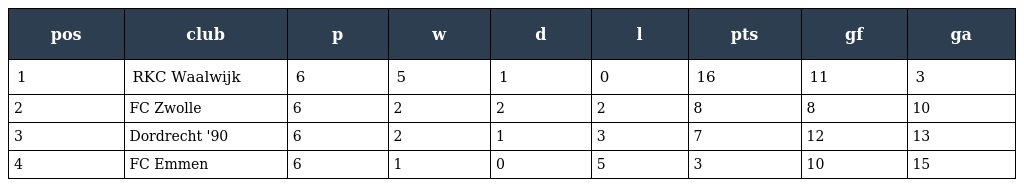
| pos | club | p | w | d | l | pts | gf | ga |
 | --- | --- | --- | --- | --- | --- | --- | --- | --- |
 | 1 | RKC Waalwijk | 6 | 5 | 1 | 0 | 16 | 11 | 3 |
 | 2 | FC Zwolle | 6 | 2 | 2 | 2 | 8 | 8 | 10 |
 | 3 | Dordrecht '90 | 6 | 2 | 1 | 3 | 7 | 12 | 13 |
 | 4 | FC Emmen | 6 | 1 | 0 | 5 | 3 | 10 | 15 |